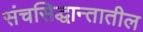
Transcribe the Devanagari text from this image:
संचसिद्धान्तातील